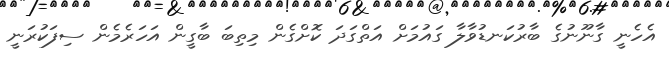
އެހެނީ ގާނޫނުގެ ބާރުކަނޑުވާލާ ގައުމަށް އަތްގަދަ ކޮށްގެން މިތިބަ ބާގީން އަހަރެމެން ސިފަކުރަނީ